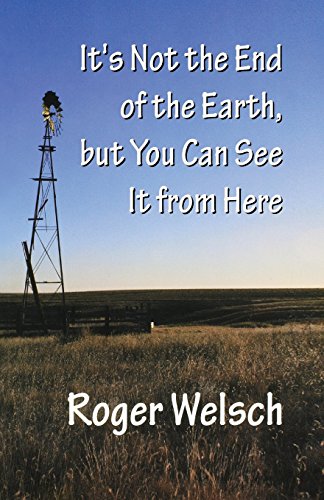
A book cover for It's Not the End of the Earth, but You Can See It from Here; Roger L. Welsch; Humor & Entertainment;